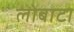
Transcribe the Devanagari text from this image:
लोबाटा